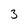
Character: 3